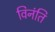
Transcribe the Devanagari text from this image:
विनंति